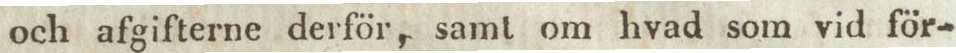
och afgifterne derför, samt om hvad som vid för-